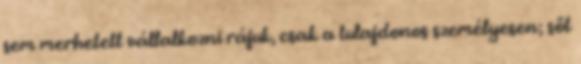
sem merhetett vállalkozni rájuk, csak a tulajdonos személyesen; sőt